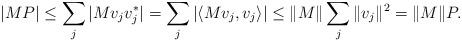
LaTeX: \begin{align*}|{MP}| \leq \sum_j |{Mv_jv_j^*}|= \sum_j |\langle Mv_j, v_j \rangle|\leq \|M\| \sum_j \|v_j\|^2 = \|M\| {P}.\end{align*}